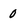
Character: 0